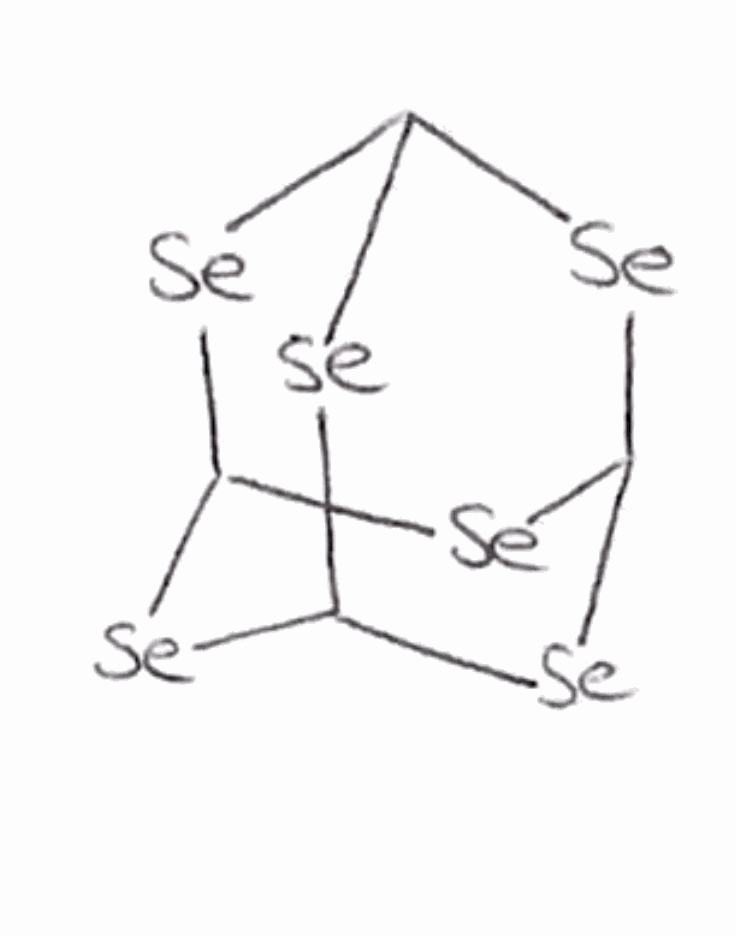
Simplified molecular-input line-entry system (SMILES) notation of the given molecule:
C12[Se]C3[Se]C([Se]1)[Se]C([Se]2)[Se]3